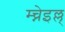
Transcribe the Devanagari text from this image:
म्च्नेइल्ल्